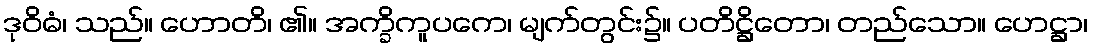
ဒုဝိဓံ၊ သည်။ ဟောတိ၊ ၏။ အက္ခိကူပကေ၊ မျက်တွင်း၌။ ပတိဋ္ဌိတော၊ တည်သော။ ဟေဋ္ဌာ၊